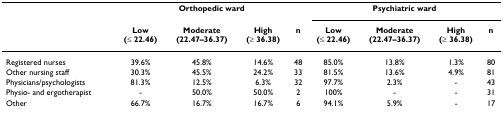
<table><thead><tr><td></td><td colspan="4"><b>Orthopedic ward</b></td><td colspan="4"><b>Psychiatric ward</b></td></tr><tr><td></td><td><b>Low(≤ 22.46)</b></td><td><b>Moderate(22.47–36.37)</b></td><td><b>High(≥ 36.38)</b></td><td><b>n</b></td><td><b>Low(≤ 22.46)</b></td><td><b>Moderate(22.47–36.37)</b></td><td><b>High(≥ 36.38)</b></td><td><b>n</b></td></tr></thead><tbody><tr><td>Registered nurses</td><td>39.6%</td><td>45.8%</td><td>14.6%</td><td>48</td><td>85.0%</td><td>13.8%</td><td>1.3%</td><td>80</td></tr><tr><td>Other nursing staff</td><td>30.3%</td><td>45.5%</td><td>24.2%</td><td>33</td><td>81.5%</td><td>13.6%</td><td>4.9%</td><td>81</td></tr><tr><td>Physicians/psychologists</td><td>81.3%</td><td>12.5%</td><td>6.3%</td><td>32</td><td>97.7%</td><td>2.3%</td><td>-</td><td>43</td></tr><tr><td>Physio- and ergotherapist</td><td>-</td><td>50.0%</td><td>50.0%</td><td>2</td><td>100%</td><td>-</td><td>-</td><td>31</td></tr><tr><td>Other</td><td>66.7%</td><td>16.7%</td><td>16.7%</td><td>6</td><td>94.1%</td><td>5.9%</td><td>-</td><td>17</td></tr></tbody></table>